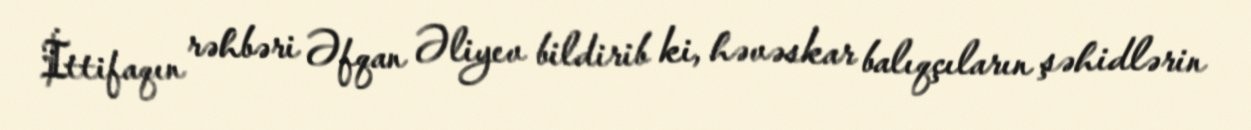
İttifaqın rəhbəri Əfqan Əliyev bildirib ki, həvəskar balıqçıların şəhidlərin